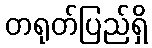
တရုတ်ပြည်ရှိ